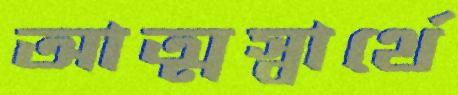
আত্মস্বার্থে